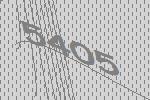
5405